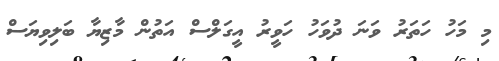
މި މަހު ހަތަރު ވަނަ ދުވަހު ހަވީރު އީގަލްސް އަތުން މާޒިޔާ ބަލިވިޔަސް